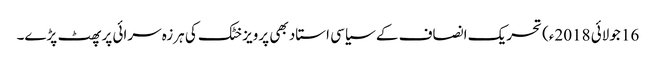
16 جولائی 2018ء) تحریک انصاف کے سیاسی استاد بھی پرویز خٹک کی ہرزہ سرائی پر پھٹ پڑے۔